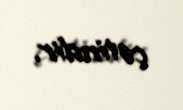
çətindir.